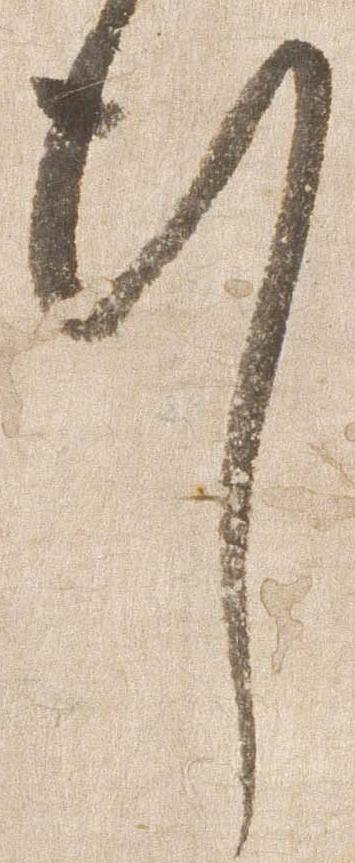
行